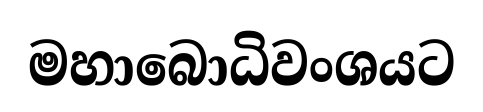
මහාබොධිවංශයට